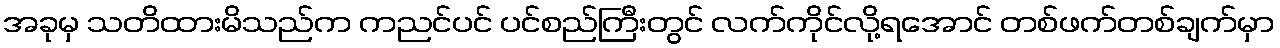
အခုမှ သတိထားမိသည်က ကညင်ပင် ပင်စည်ကြီးတွင် လက်ကိုင်လို့ရအောင် တစ်ဖက်တစ်ချက်မှာ